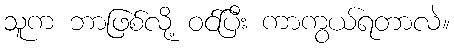
သူက ဘာဖြစ်လို့ ဝင်ပြီး ကာကွယ်ရတာလဲ။